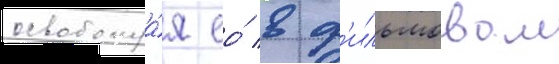
освобожда́я ео́ в ф'ильмовом